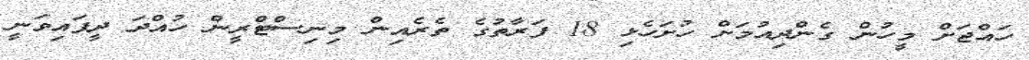
ހައްޖަށް މީހުން ގެންދިއުމަށް ހުށަހެޅި 18 ފަރާތުގެ ތެރެއިން މިނިސްޓްރީން ހުއްދަ ދީފައިވަނީ